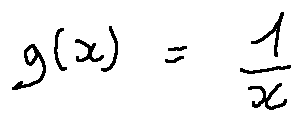
g ( x ) = \frac { 1 } { x }